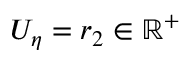
U _ { \eta } = r _ { 2 } \in \mathbb { R } ^ { + }